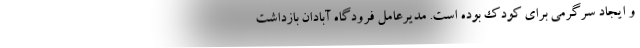
و ایجاد سرگرمی برای کودک بوده است. مدیرعامل فرودگاه آبادان بازداشت